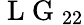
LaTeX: \mathrm{~L~G~}_{22}